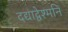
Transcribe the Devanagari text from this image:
दद्याद्वेश्मनि